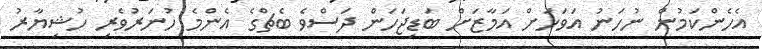
އެހެންކަމުން ނުހަނު އަވަހަށް އަމާޒަށް ބަޑިޖަހަން ދަސްވެ ބެޗްގެ އެންމެ ހުނަރުވެރި ހުޝިޔާރު